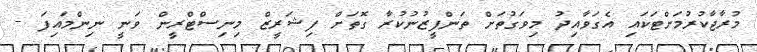
މުރާޖާކުރުމަށްޓަކައި އެގަވާއިދު މިވަގުތަށް ތަންފީޒުނުކުރާ ގޮތަށް ފިޝަރީޒް މިނިސްޓްރީން ވަނީ ނިންމައިފަ -